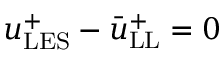
u _ { \mathrm { L E S } } ^ { + } - \bar { u } _ { \mathrm { L L } } ^ { + } = 0